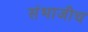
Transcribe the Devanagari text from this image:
संभाजीच